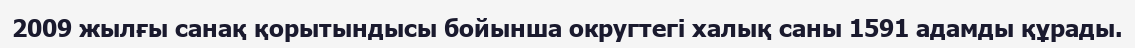
2009 жылғы санақ қорытындысы бойынша округтегі халық саны 1591 адамды құрады.